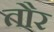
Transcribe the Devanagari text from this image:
तौर